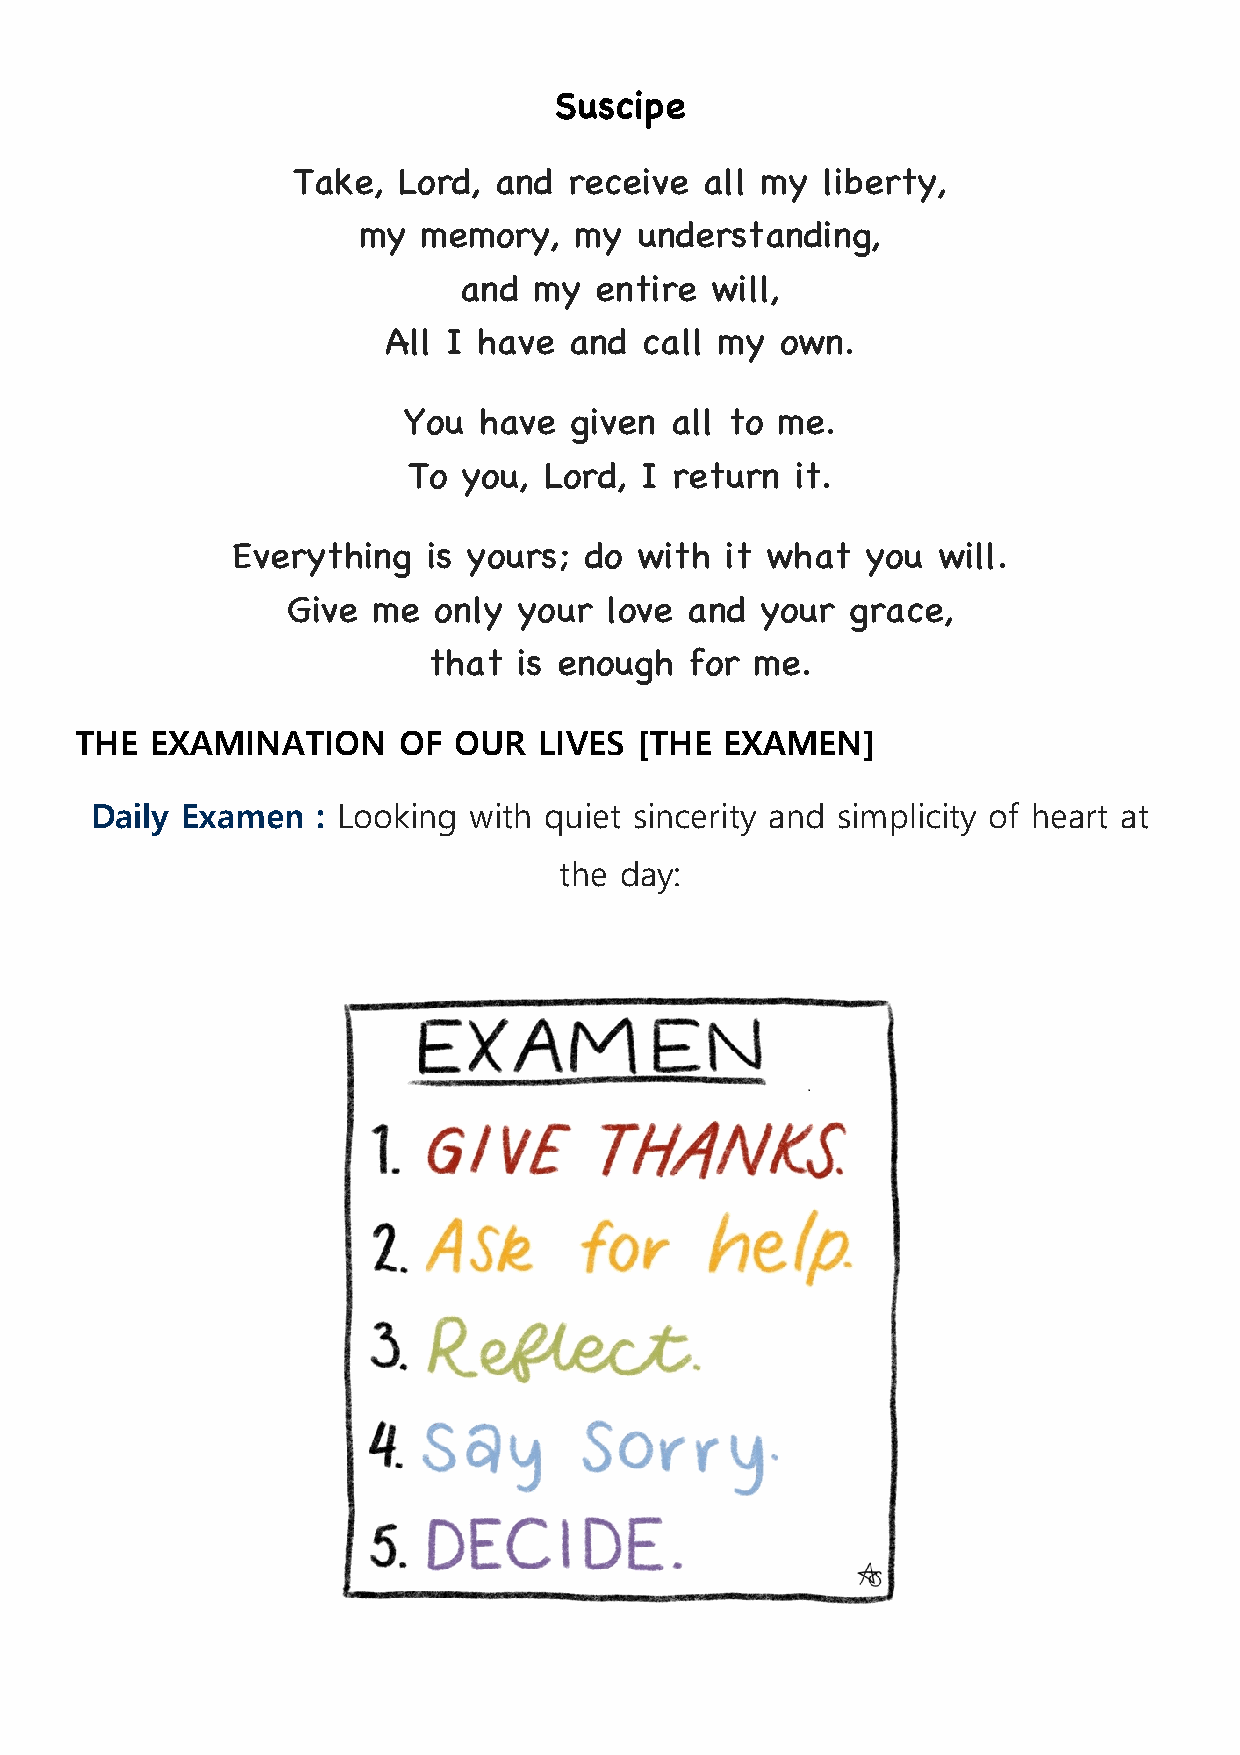
Suscipe
 Take,  Lord,  and  receive  all my liberty,
 my  memory,   my  understanding,
 and  my  entire  will,
 All  I have  and call my   own.
 You  have  given all to me.
 To  you, Lord, I return   it.
 Everything   is yours;  do with  it what  you  will.
 Give  me  only your  love and  your  grace,
 that  is enough   for me.
 THE  EXAMINATION     OF  OUR   LIVES [THE  EXAMEN]
 Daily Examen   : Looking with quiet sincerity and simplicity of heart at
 the day: